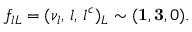
f _ { l L } = ( \nu _ { l } , \, l , \, l ^ { c } ) _ { L } \sim ( { \bf 1 } , { \bf 3 } , 0 ) .